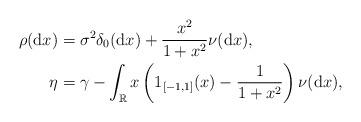
LaTeX: \begin{align*}\rho(\mathrm{d}x) & =\sigma^{2}\delta_{0}(\mathrm{d}x)+\frac{x^{2}}{1+x^{2}}\nu(\mathrm{d}x), \\\eta & =\gamma-\int_{\mathbb{R}}x\left( 1_{\left[ -1,1\right] }(x)-\frac{1}{1+x^{2}}\right) \nu(\mathrm{d}x), \end{align*}